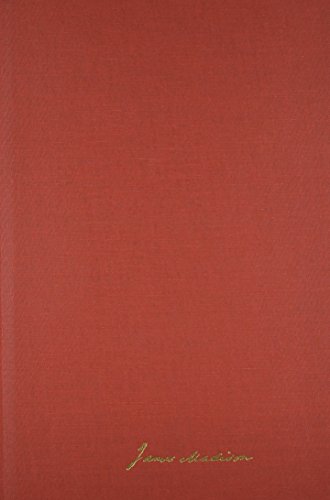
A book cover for The Papers of James Madison: Secretary of State Series, Vol. 8: 1 September, 1804-31 January, 1805, with a Supplement; James Madison; Literature & Fiction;